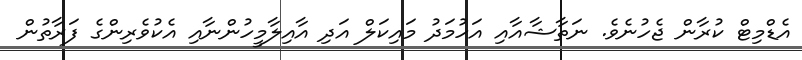
އެޑްމިޓް ކުރާން ޖެހުނެވެ. ނަތާޝާއާއި އަހުމަދު މައިކަލް އަދި އާއިލާމީހުންނާއި އެކުވެރިންގެ ފަރާތުން